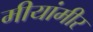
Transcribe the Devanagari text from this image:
मीयांमीर